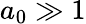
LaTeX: a_{0}\gg 1